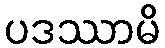
ပဒဿာမိ